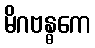
မိဂဗန္ဓကေ